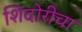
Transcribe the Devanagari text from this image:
शिदोरीचा